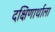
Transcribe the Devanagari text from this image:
दक्षिणार्थाला